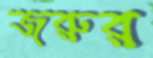
জরুর